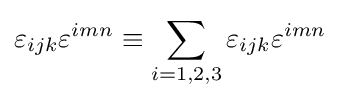
\varepsilon _{ijk}\varepsilon ^{imn}\equiv \sum _{i=1,2,3}\varepsilon _{ijk}\varepsilon ^{imn}